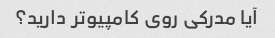
آیا مدرکی روی کامپیوتر دارید؟